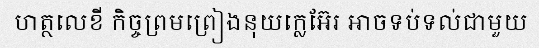
ហត្ថលេខី កិច្ចព្រមព្រៀងនុយក្លេអ៊ែរ អាចទប់ទល់ជាមួយ